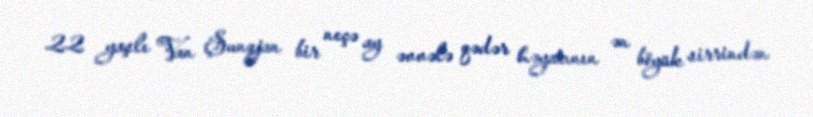
22 yaşlı Van Şunqjan bir neçə ay əvvələ qədər həyatının ən böyük sirrindən